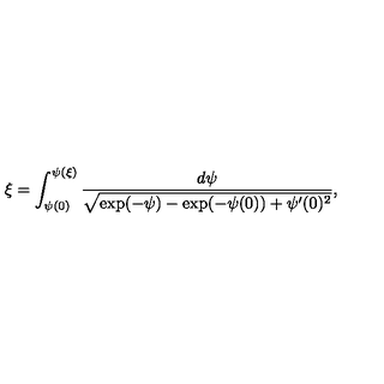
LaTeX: \xi = \int _ { \psi ( 0 ) } ^ { \psi ( \xi ) } \frac { d \psi } { \sqrt { \exp ( - \psi ) - \exp ( - \psi ( 0 ) ) + \psi ^ { \prime } ( 0 ) ^ { 2 } } } ,